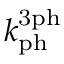
k _ { \mathrm { p h } } ^ { \mathrm { 3 p h } }